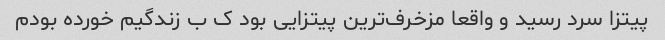
پیتزا سرد رسید و واقعا مزخرف‌ترین پیتزایی بود ک ب زندگیم خورده بودم